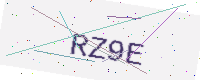
Text: RZ9E